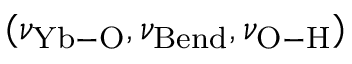
( \nu _ { \mathrm { Y b - O } } , \nu _ { \mathrm { B e n d } } , \nu _ { \mathrm { O - H } } )